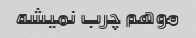
موهم چرب نمیشه